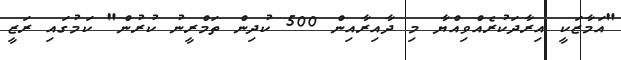
"އަމާޒަކީ އިރާދަކުރެއްވިއްޔާ މި ދާއިރާއިން 500 ކުދިން ތަމްރީނު ކުރުން" ކަމުގައި ރަޒީ